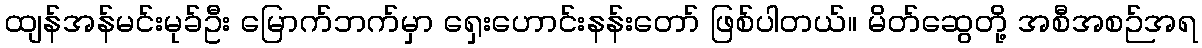
ထျန်အန်မင်းမုခ်ဦး မြောက်ဘက်မှာ ရှေးဟောင်းနန်းတော် ဖြစ်ပါတယ်။ မိတ်ဆွေတို့ အစီအစဉ်အရ